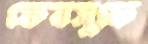
ফেবসুকে